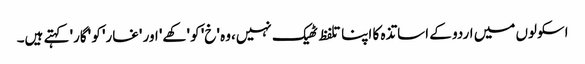
اسکولوں میں اردو کے اساتذہ کا اپنا تلفظ ٹھیک نہیں،وہ 'خ' کو 'کھے' اور 'غار' کو 'گار' کہتے ہیں۔